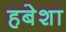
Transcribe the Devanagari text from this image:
हबेशा